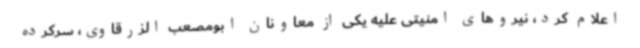
اعلام کرد، نیروهای امنیتی علیه یکی از معاونان ابومصعب الزرقاوی، سرکرده